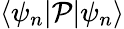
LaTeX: \langle\psi_{n}|\mathcal{P}|\psi_{n}\rangle